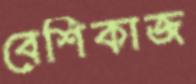
বেশিকাজ